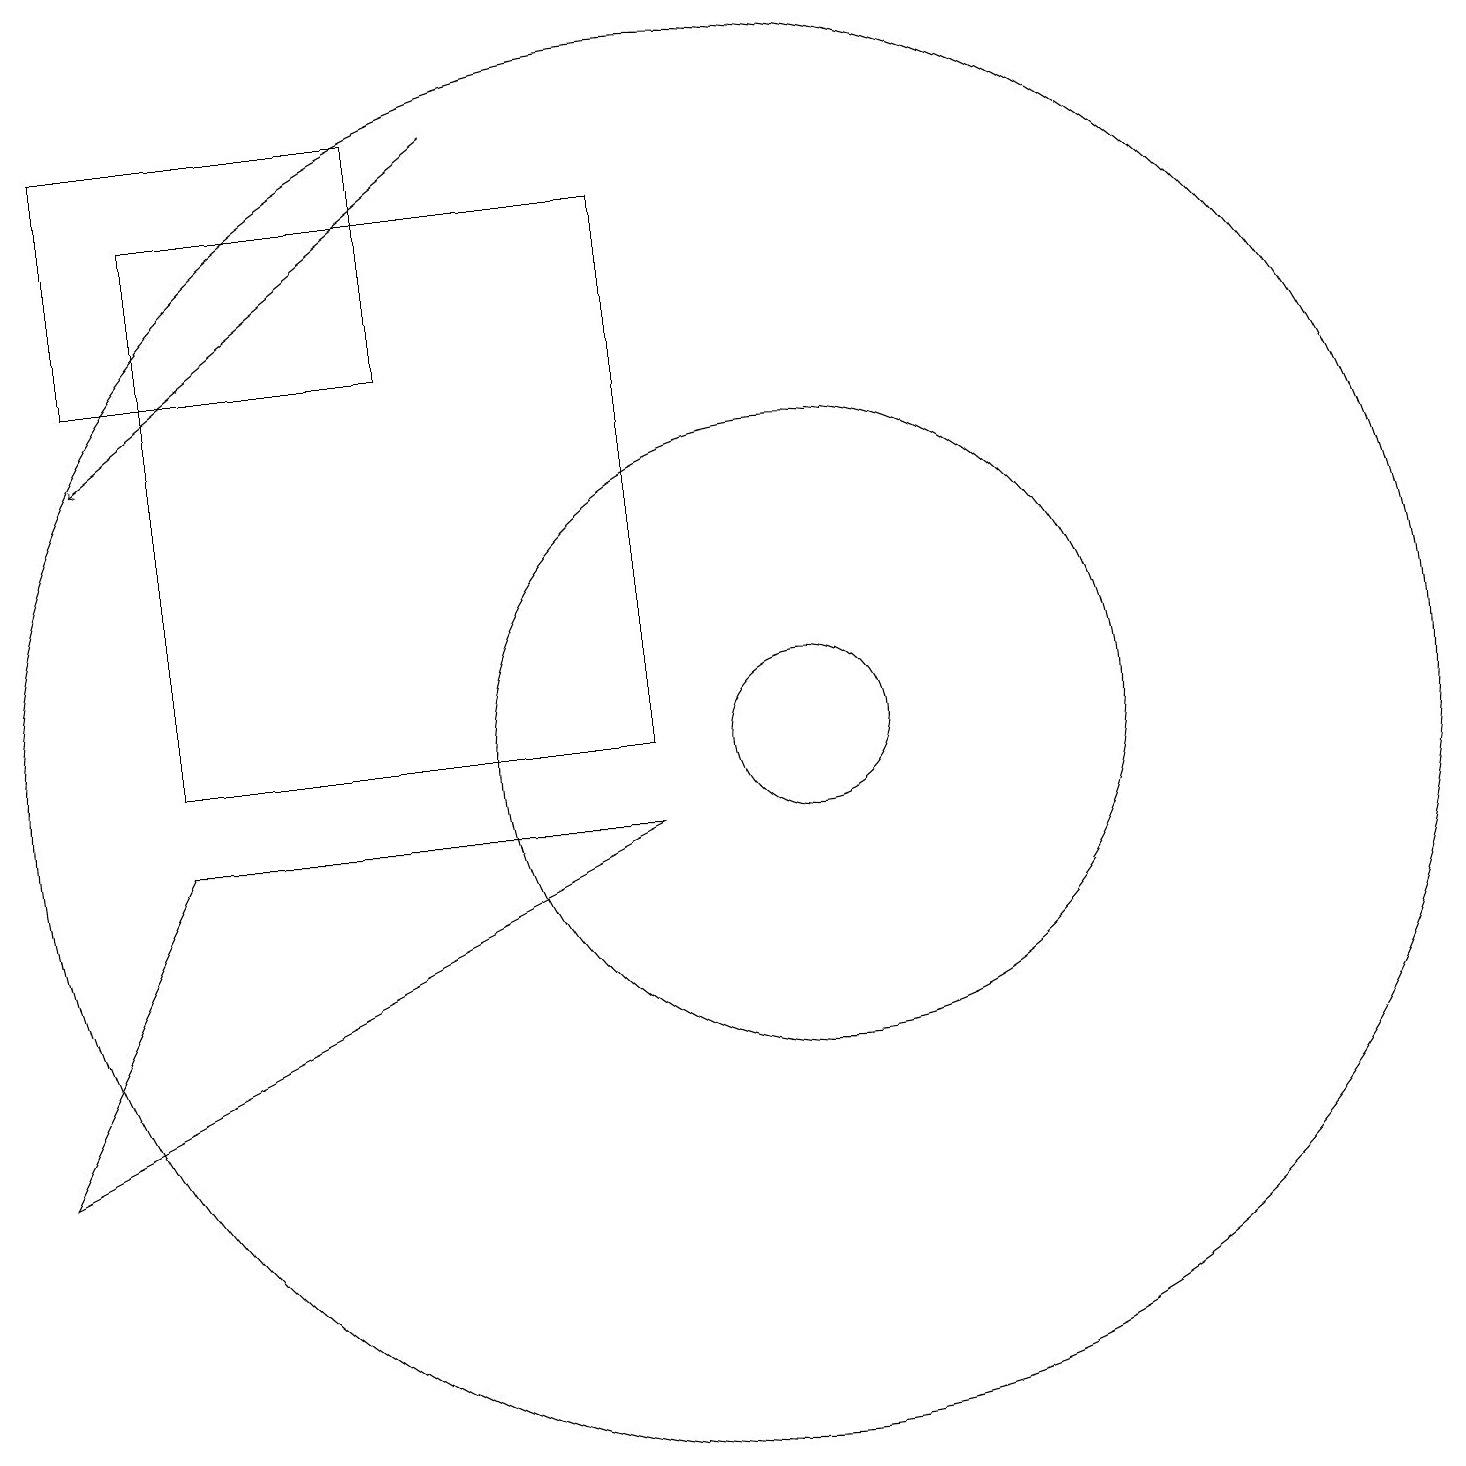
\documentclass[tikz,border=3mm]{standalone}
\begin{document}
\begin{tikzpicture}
\draw (3,9) -- (9,9) -- (1,5) -- cycle;
\draw (11,10) circle (1);
\draw (11,10) circle (4);
\draw (10,10) circle (9);
\draw (2,18) rectangle (6,15);
\draw[->] (7,18) -- (2,14);
\draw (9,17) rectangle (3,10);
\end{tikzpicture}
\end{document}